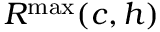
R ^ { \operatorname* { m a x } } ( c , h )